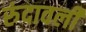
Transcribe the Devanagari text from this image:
रुंदावली